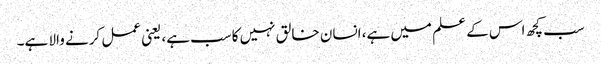
سب کچھ اس کے علم میں ہے، انسان خالق نہیں کاسب ہے، یعنی عمل کرنے والا ہے۔